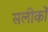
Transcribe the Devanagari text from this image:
सलीकों